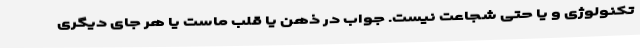
تکنولوژی و یا حتی شجاعت نیست. جواب در ذهن یا قلب ماست یا هر جای دیگری